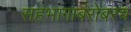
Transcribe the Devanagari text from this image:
सहभागाबरोबरच